Scottish Certificate of Education, 1962
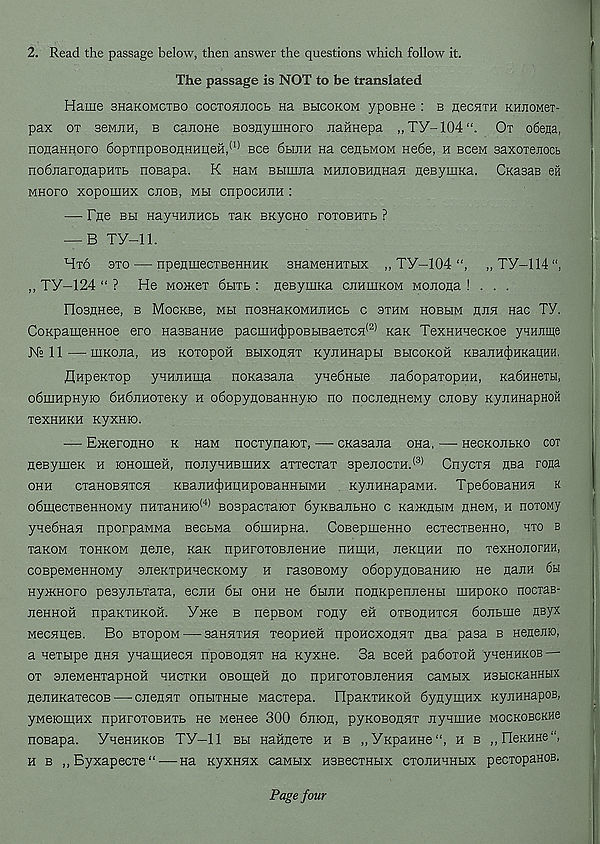
2. Read the passage below, then answer the questions which follow it.
The passage is NOT to be translated
Haiue snaKOMCTBO coctohjiocb na bhcokom ypoBHe : b neciiTH KHnoMex-
pax ot 36MHH, b catione BosnymHoro JiaHHepa „Ty-104“. Ox obega,
nogaHHoro 6opxnpoBoj];HHueH, (I) see 6bihh na cegbMOM He6e, h bcgm Baxoienocb
nodnarotiapHTb nosapa. K nan Bbimjta MHJioBHflHaH geByiuKa. CKasaB eil
MHoro xoponiHx cjiob, mm cnpocHJtH :
— Fne BH HayHHjiHCb xax EKycno roxoBHTb ?
— B TV—11.
Hto 3to — npegmecxBeHHHK BHaMeHHTbix „ TY—104
,, TY-IM",
,, TY-124 “ ? He Mowex 6bixb : neBynixa cjihuikom Monoga ! . . .
FIosHHee, b MocKBe, mm noBHaKOMHuncb c sthm hobmm hjih nac TV.
CoKpameHHoe ero HaBBattHe pacmH(|)poBbiBaeTC5i (2) Kax TexHHaecKoe y^unme
N° 11
UIKOJia, H3 KOTOpOH BbIXOnHT KyjIHHapbl BMCOKOH KBaJIH(J)HKaUHH,
flHpeKxop yHHJiHma noKaBana ynedHbie nadopaxopiiH, KabHHexH,
obuiHpHyio 6H6jiHoxeKy h obopynoBaHHyio no nocnetmeMy cnoBy KyjiHHapHOH
T6XHHKH KyXHK).
— Exteronno k naM nocxynaiOT, — CKaaana ona, — necKOJibKO cot
neBymeK n lOHOineH, nonyHHBmnx aTTecrax 3pejiocxH. (3) Cnycxn nsa rona
OHH
CTaHOBHTCn
KBaJIHCj)HItHpOBaHHbIMH
KyJIHHapaMH. TpedOBaHHH K
obinecxBeHHOMy nHxaHHio (4) BospacxaiOT 6yKBajibHo c KaxtnHM uneM, h noxoMy
ynedHan nporpaMMa BecbMa odninpHa. CoBepmenHO ecxecxBeHHO, hto b
xaKOM tohkom nexte, Rax npnroTOBJieHHe nnmH, JxexpHH no TexHonorHH,
coBpeMeHHOMy BJiexxpHHecxoMy n rasoBOMy odopyHosaHHio ne naxH 6bi
nyxcnoro pesynbraxa, ecnn 6h ohh ne 6mjih noHxpenneHbi innpoxo nocxaB-
nennoH npaxTHXon. Yxte b nepsoM rony eix otbohhtcx 6ojibine nsyx
MecnneB. Bo BTopoM — sannTHn Teopnen nponcxoHXT nea pasa b Hegejiio,
a Hexbipe nnn yHantHecn npoBoonr na xyxne. 3a Been paboxon yneHHXOB—-
ox sneMeHxapHOH hhcxxh OBomex no npHroxoBjieHHX caMbix HSbicxaHHHX
nejiHxaxecoB — cjiennx onbixnbie Macxepa. IlpaxxHxoH dynymnx xynuxapoB,
yMeiomnx npHroxoBHXb ne Menee 300 6nioH, pyxoBonHx jiyamHe mocxobckho
noBapa. YHenHXOB TY-11 bm naHnexe h b ,,yxpaHHe“, h b ,,riexHHe“,
H b ,,Byxapecxe“ — na xyxnnx caMHx HSBecxHbix cxouhhhhx pecxopaxoB.
Page four